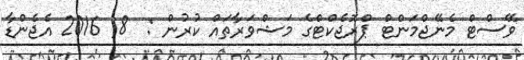
ވޭސްޓް މެނޭޖްމަންޓް ޕްރޮޖެކްޓްގެ މަޝްވަރާތައް ކުރުން :  8